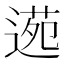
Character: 𮞫